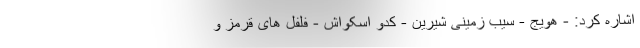
اشاره کرد: - هویج - سیب زمینی شیرین - کدو اسکواش - فلفل های قرمز و